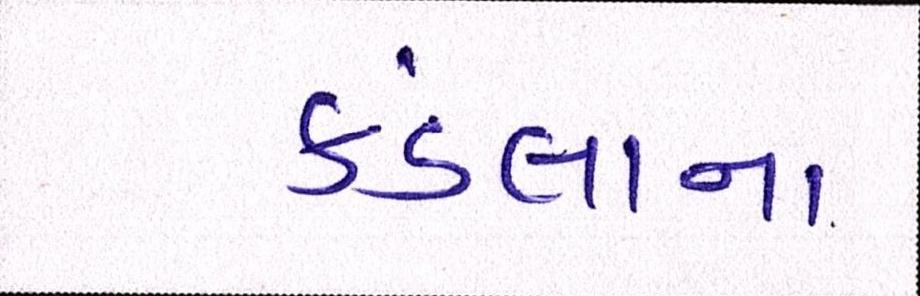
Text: કંડલાના